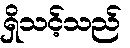
ရှိသင့်သည်